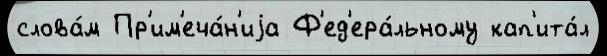
слова́м Пр'им'еча́н'иjа Ф'ед'ера́льному кап'ита́л